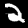
Digit: 2